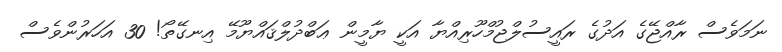
ނަމަވެސް ރާއްޖޭގެ އަދުގެ ރައީސުލްޖުމްހޫރިއްޔާ އަކީ ޔާމީން ޢަބްދުލްޤައްޔޫމޭ އިނގޭތޯ! 30 އަހަރުންވެސް